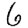
Digit: 6